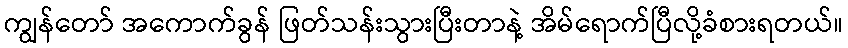
ကျွန်တော် အကောက်ခွန် ဖြတ်သန်းသွားပြီးတာနဲ့ အိမ်ရောက်ပြီလို့ခံစားရတယ်။